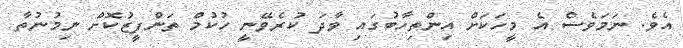
އެވެ. ނަމަވެސް އެ މީހަކަށް އިންތިހާބުގައި ވާދަ ކުރެވޭނީ ހުކުމް ތަންފީޒުކޮށް ނިމުނުތާ